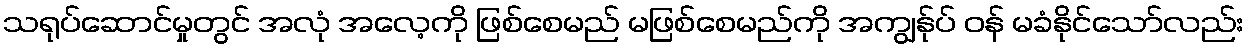
သရုပ်ဆောင်မှုတွင် အလုံ အလေ့ကို ဖြစ်စေမည် မဖြစ်စေမည်ကို အကျွန်ုပ် ဝန် မခံနိုင်သော်လည်း